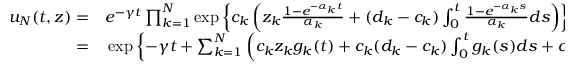
\begin{array} { r l } { u _ { N } ( t , z ) = } & { { } e ^ { - \gamma t } \prod _ { k = 1 } ^ { N } \exp \left\{ c _ { k } \left( z _ { k } \frac { 1 - e ^ { - \alpha _ { k } t } } { \alpha _ { k } } + ( d _ { k } - c _ { k } ) \int _ { 0 } ^ { t } \frac { 1 - e ^ { - \alpha _ { k } s } } { \alpha _ { k } } d s \right) \right\} } \\ { = } & { { } \exp \left\{ - \gamma t + \sum _ { k = 1 } ^ { N } \left( c _ { k } z _ { k } g _ { k } ( t ) + c _ { k } ( d _ { k } - c _ { k } ) \int _ { 0 } ^ { t } g _ { k } ( s ) d s + c _ { k } ^ { 2 } \alpha _ { k } \int _ { 0 } ^ { t } g _ { k } ( s ) ^ { 2 } d s \right) \right\} , } \end{array}